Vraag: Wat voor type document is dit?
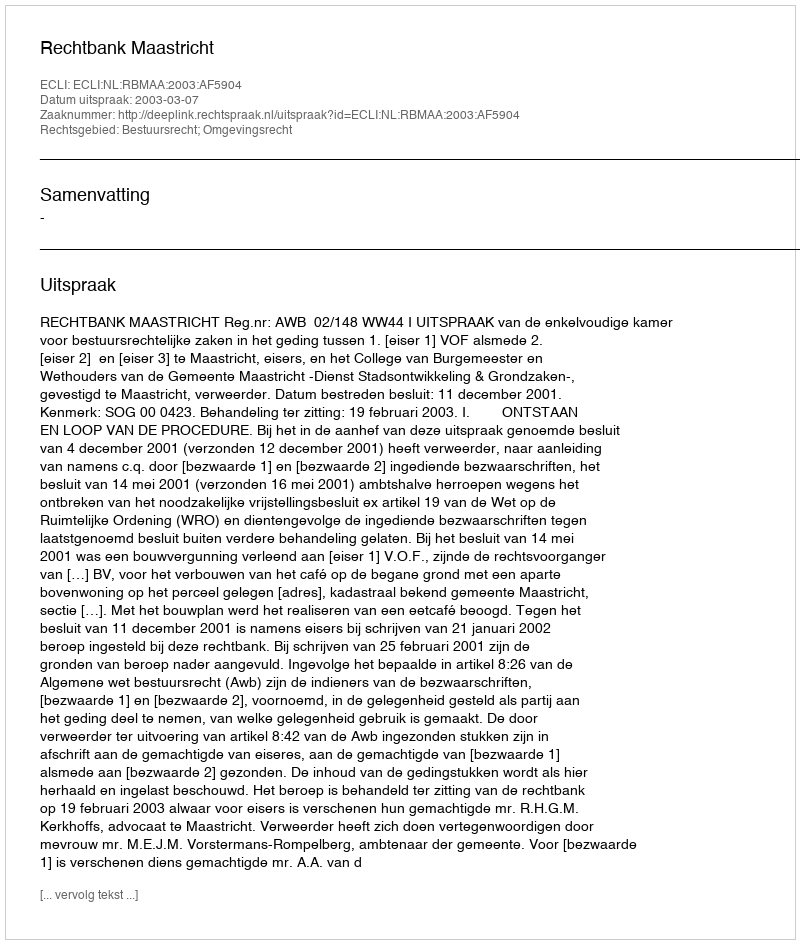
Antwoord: Uitspraak